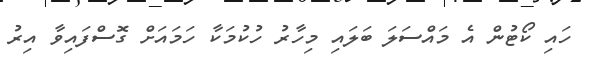
ހައި ކޯޓުން އެ މައްސަލަ ބަލައި މިހާރު ހުކުމަކާ ހަމައަށް ގޮސްފައިވާ އިރު